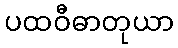
ပထဝီဓာတုယာ